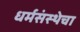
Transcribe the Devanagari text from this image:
धर्मसंस्थेचा